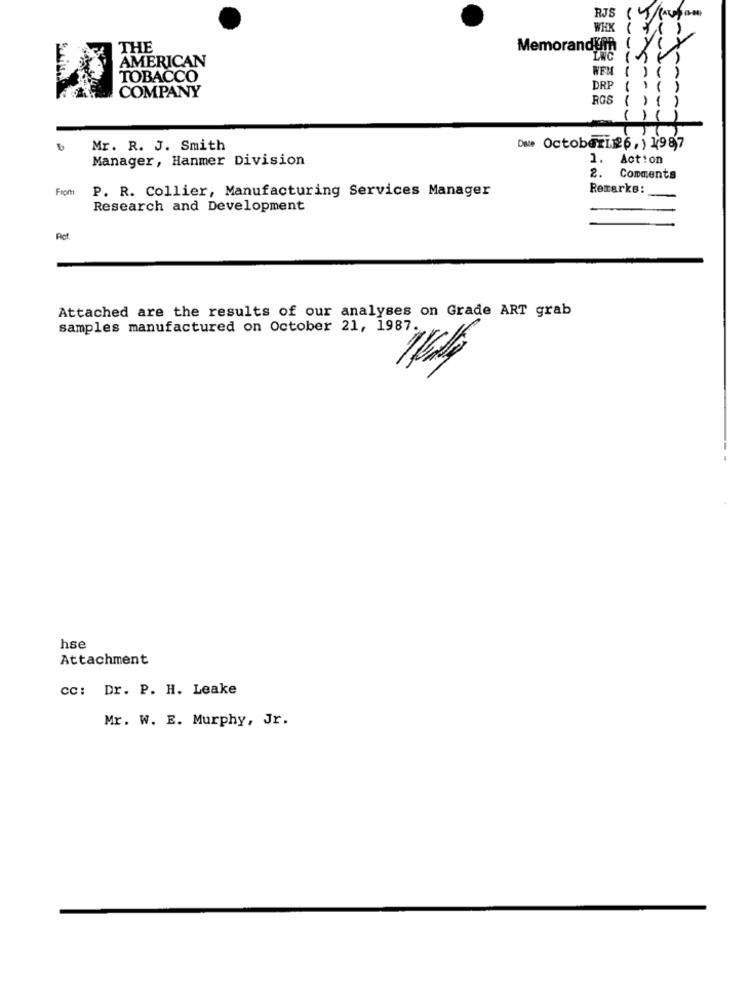
WHX
THE
Memorandum
AMERICAN
INC ()
TOBACCO
NEM ( ) (
COMPANY
DRP
RGS
Mr. R. J. Smith
Date October 26, ) 1987
Manager, Hanmer Division
1. Action
2.
Comments
From
P. R. Collier, Manufacturing Services Manager
Remarks:
Research and Development
Attached are the results of our analyses on Grade ART grab
samples manufactured on October 21, 1987.
hse
Attachment
cc: Dr. P. H. Leake
Mr. W. E. Murphy, Jr.